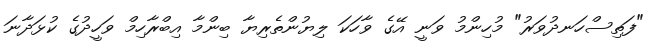
"ފަތިސްހަނދުވަރު" މުހިންމު ވަނީ އޭގެ ވާހަކަ ލިޔުންތެރިޔާ ބިންމާ އިބްރާހިމް ވަހީދުގެ ކުޅަދާނަ